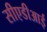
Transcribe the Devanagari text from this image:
सीएडीआई